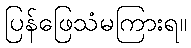
ပြန်ဖြေသံမကြားရ။